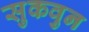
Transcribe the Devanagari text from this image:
सुकवुन